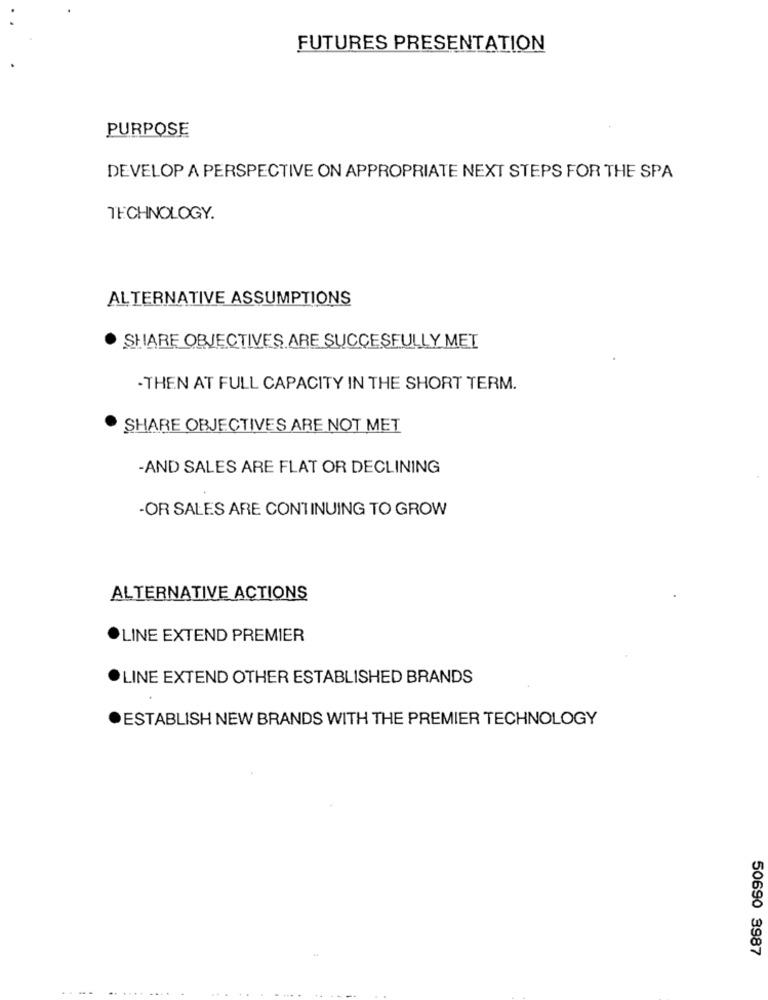
FUTURES PRESENTATION
PURPOSE
DEVELOP A PERSPECTIVE ON APPROPRIATE NEXT STEPS FOR THE SPA
TECHNOLOGY.
ALTERNATIVE ASSUMPTIONS
SHARE OBJECTIVES ARE SUCCESFULLY MET
-THEN AT FULL CAPACITY IN THE SHORT TERM.
SHARE OBJECTIVES ARE NOT MET
-AND SALES ARE FLAT OR DECLINING
-OR SALES ARE CONTINUING TO GROW
ALTERNATIVE ACTIONS
· LINE EXTEND PREMIER
LINE EXTEND OTHER ESTABLISHED BRANDS
ESTABLISH NEW BRANDS WITH THE PREMIER TECHNOLOGY
50690 3987